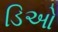
ડિઓ